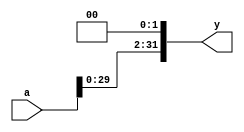
`timescale 1ns / 1ps
//////////////////////////////////////////////////////////////////////////////////
// Company: 
// Engineer: 
// 
// Design Name: 
// Module Name: sl2
// Project Name: 
// Target Devices: 
// Tool Versions: 
// Description: 
// 
// Dependencies: 
// 
// Revision:
// Revision 0.01 - File Created
// Additional Comments:
// 
//////////////////////////////////////////////////////////////////////////////////


module sl2(
    input [31:0] a,
    output [31:0] y
    );
    assign y = {a[29:0],2'b00};
endmodule